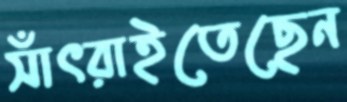
সাঁৎরাইতেছেন